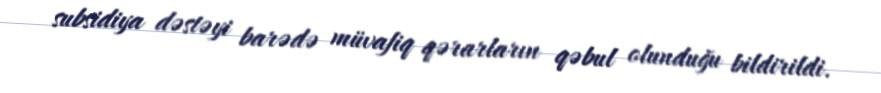
subsidiya dəstəyi barədə müvafiq qərarların qəbul olunduğu bildirildi.